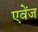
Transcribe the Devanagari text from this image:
एवेंज